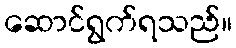
ဆောင်ရွက်ရသည်။